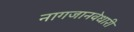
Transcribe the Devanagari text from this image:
नागजानवेधारी